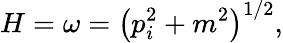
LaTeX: H=\omega=\left({p}_{i}^{2}+m^{2}\right)^{1/2},